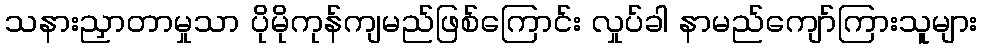
သနားညှာတာမှုသာ ပိုမိုကုန်ကျမည်ဖြစ်ကြောင်း လှုပ်ခါ နာမည်ကျော်ကြားသူများ